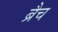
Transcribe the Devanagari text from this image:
ब्रैच